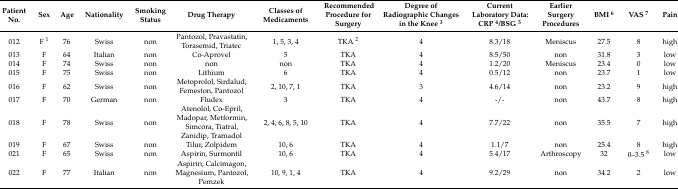
| Patient No. | Sex | Age | Nationality | Smoking Status | Drug Therapy | Classes of Medicaments | Recommended Procedure for Surgery | Degree of Radiographic Changes in the Knee 3 | Current Laboratory Data: CRP 4/BSG 5 | Earlier Surgery Procedures | BMI 6 | VAS 7 | Pain |
 | --- | --- | --- | --- | --- | --- | --- | --- | --- | --- | --- | --- | --- | --- |
 | 012 | F 1 | 76 | Swiss | non | Pantozol, Pravastatin, Torasemid, Triatec | 1, 5, 3, 4 | TKA 2 | 4 | 8.3/18 | Meniscus | 27.5 | 8 | high |
 | 013 | F | 64 | Italian | non | Co-Aprovel | 5 | TKA | 4 | 8.5/50 | non | 31.8 | 3 | low |
 | 014 | F | 74 | Swiss | non | non | non | TKA | 4 | 1.2/20 | Meniscus | 23.4 | 0 | low |
 | 015 | F | 75 | Swiss | non | Lithium | 6 | TKA | 4 | 0.5/12 | non | 23.7 | 1 | low |
 | 016 | F | 62 | Swiss | non | Metoprolol, Sirdalud, Femeston, Pantozol | 2, 10, 7, 1 | TKA | 3 | 4.6/14 | non | 23.2 | 9 | high |
 | 017 | F | 70 | German | non | Fludex | 3 | TKA | 4 | -/- | non | 43.7 | 8 | high |
 | 018 | F | 78 | Swiss | non | Atenolol, Co-Epril, Madopar, Metformin, Simcora, Tiatral, Zanidip, Tramadol | 2, 4, 6, 8, 5, 10 | TKA | 4 | 7.7/22 | non | 35.5 | 7 | high |
 | 019 | F | 67 | Swiss | non | Tilur, Zolpidem | 10, 6 | TKA | 4 | 1.1/7 | non | 25.4 | 8 | high |
 | 021 | F | 65 | Swiss | non | Aspirin, Surmontil | 10, 6 | TKA | 4 | 5.4/17 | Arthroscopy | 32 | 0–3.5 8 | low |
 | 022 | F | 77 | Italian | non | Aspirin, Calcimagon, Magnesium, Pantozol, Pemzek | 10, 9, 1, 4 | TKA | 4 | 9.2/29 | non | 34.2 | 2 | low |